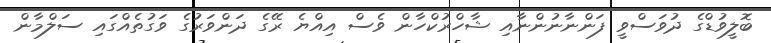
ބޮލީވުޑްގެ ދުވަސްވީ ފަންނާނުންނާއި ޝާހްރުކްހާން ވެސް އިއްޔެ ރޭގެ ދަންވަރުގެ ވަގުތެއްގައި ސަލްމާން